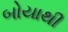
બોયાથી